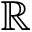
\mathbb { R }